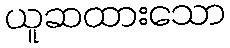
ယူဆထားသော